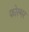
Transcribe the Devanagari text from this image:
फोल्मर